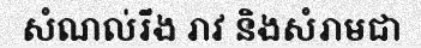
សំណល់រឹង រាវ និងសំរាមជា